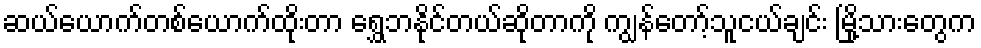
ဆယ်ယောက်တစ်ယောက်ထိုးတာ ရွှေဘနိုင်တယ်ဆိုတာကို ကျွန်တော့်သူငယ်ချင်း မြို့သားတွေက